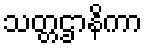
သတ္တဌာနိကာ